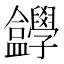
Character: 𡦸